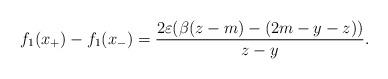
LaTeX: \begin{align*}f_1(x_+)-f_1(x_-) = \frac{2\varepsilon(\beta(z-m)-(2m-y-z))}{z-y}.\end{align*}